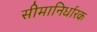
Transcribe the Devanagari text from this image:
सीमानिर्धारक